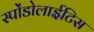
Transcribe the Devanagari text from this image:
स्पोंडोलाईटिस